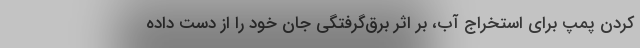
کردن پمپ برای استخراج آب، بر اثر برق‌گرفتگی جان خود را از دست داده